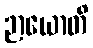
ဉာယောတိ